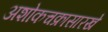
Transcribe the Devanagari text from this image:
अशोकचक्रासारखे